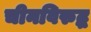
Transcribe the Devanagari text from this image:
चीनविरुद्ध